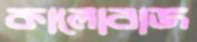
কালোবাজ